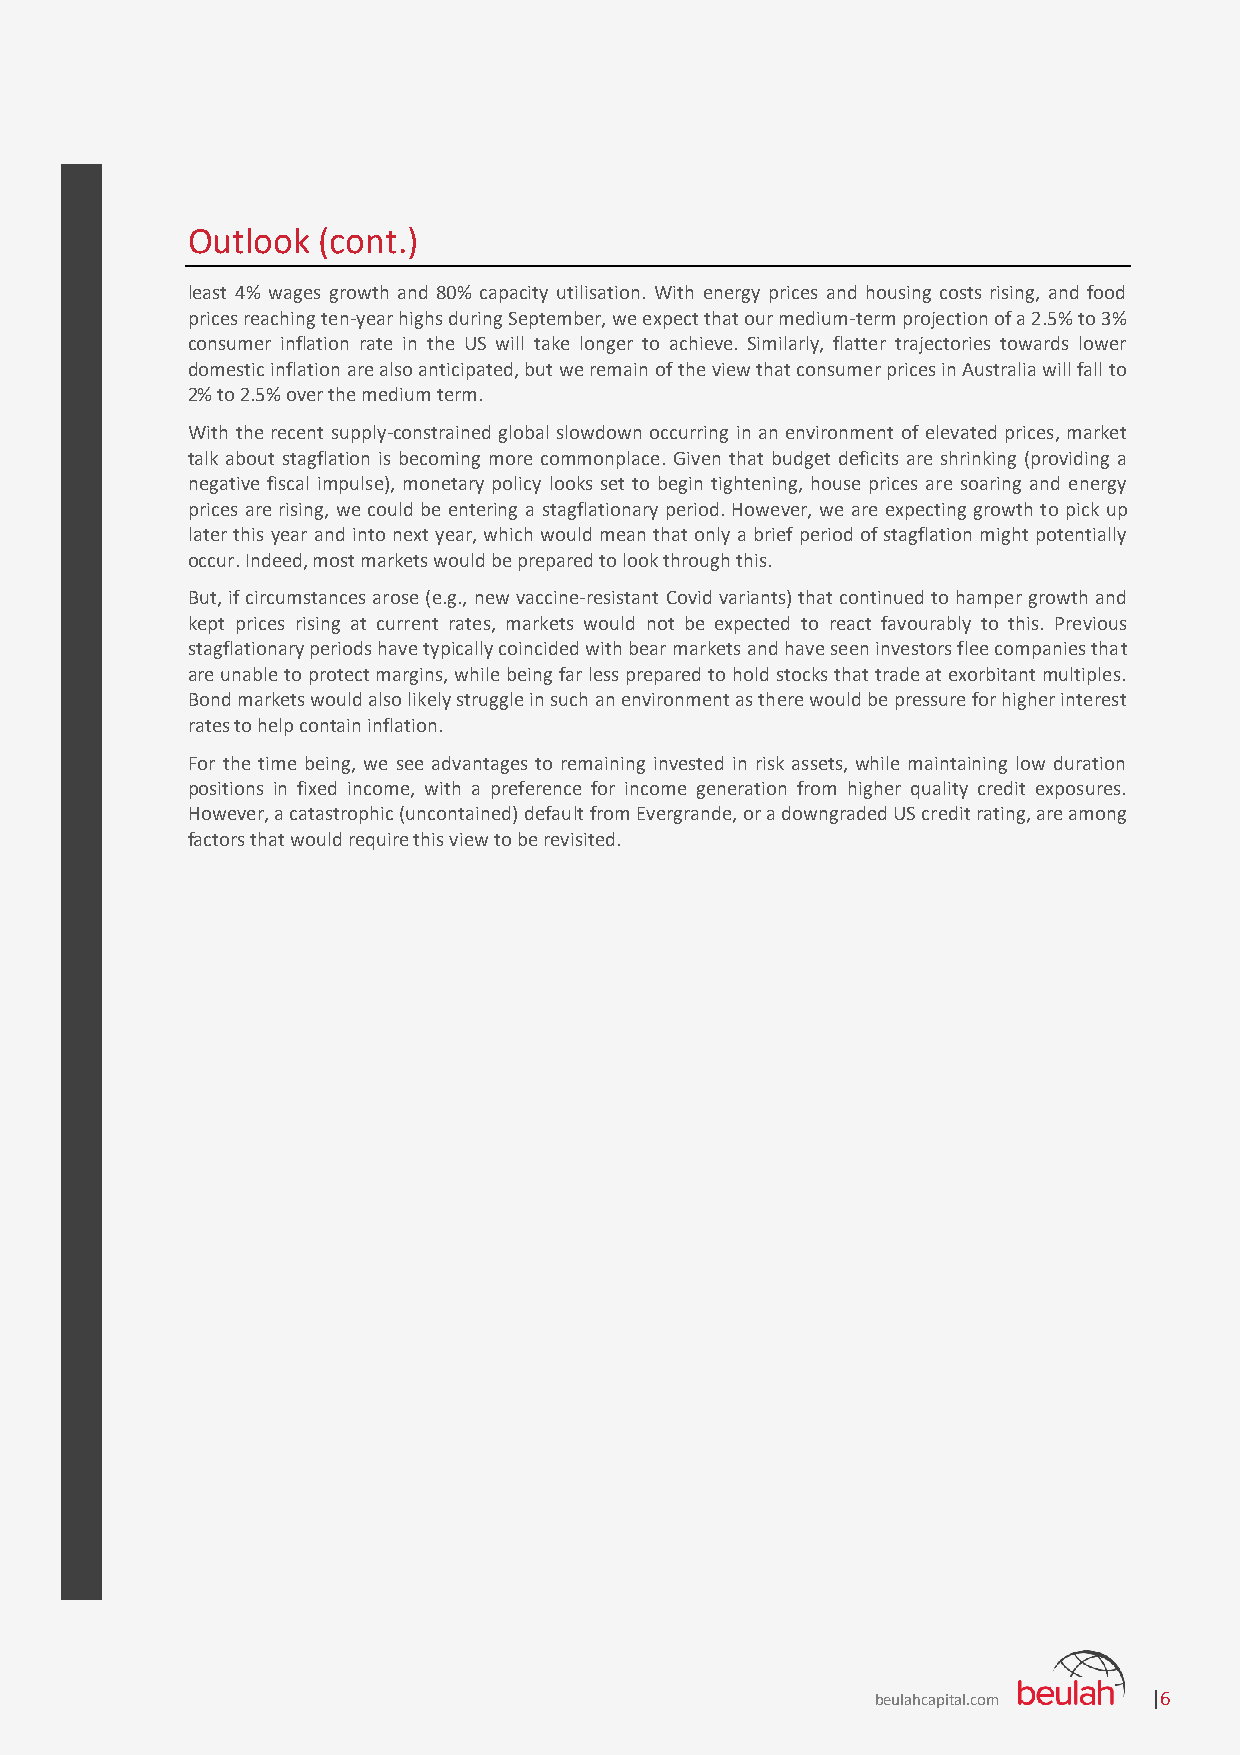
Outlook  (cont.)
 least 4% wages growth and 80% capacity utilisation. With energy prices and housing costs rising, and food
 prices reaching ten-year highs during September, we expect that our medium-term projection of a 2.5% to 3%
 consumer inflation rate in the US will take longer to achieve. Similarly, flatter trajectories towards lower
 domestic inflation are also anticipated, but we remain of the view that consumer prices in Australia will fall to
 2% to 2.5% over the medium term.
 With the recent supply-constrained global slowdown occurring in an environment of elevated prices, market
 talk about stagflation is becoming more commonplace. Given that budget deficits are shrinking (providing a
 negative fiscal impulse), monetary policy looks set to begin tightening, house prices are soaring and energy
 prices are rising, we could be entering a stagflationary period. However, we are expecting growth to pick up
 later this year and into next year, which would mean that only a brief period of stagflation might potentially
 occur. Indeed, most markets would be prepared to look through this.
 But, if circumstances arose (e.g., new vaccine-resistant Covid variants) that continued to hamper growth and
 kept prices rising at current rates, markets would not be expected to react favourably to this. Previous
 stagflationary periods have typically coincided with bear markets and have seen investors flee companies that
 are unable to protect margins, while being far less prepared to hold stocks that trade at exorbitant multiples.
 Bond markets would also likely struggle in such an environment as there would be pressure for higher interest
 rates to help contain inflation.
 For the time being, we see advantages to remaining invested in risk assets, while maintaining low duration
 positions in fixed income, with a preference for income generation from higher quality credit exposures.
 However, a catastrophic (uncontained) default from Evergrande, or a downgraded US credit rating, are among
 factors that would require this view to be revisited.
 beulahcapital.com |6